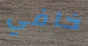
خافي